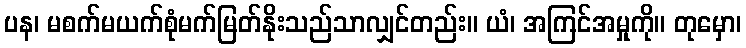
ပန၊ မစက်မယက်စုံမက်မြတ်နိုးသည်သာလျှင်တည်း။ ယံ၊ အကြင်အမှုကို။ တုမှော၊